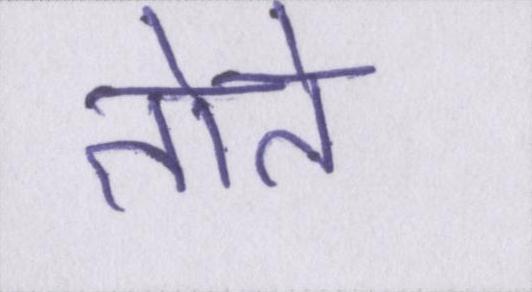
तोते